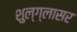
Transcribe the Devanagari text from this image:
शुल्‍ग्‍लासर